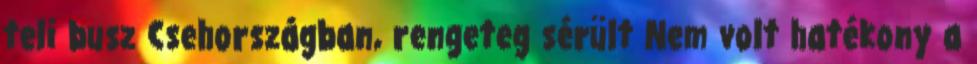
teli busz Csehországban, rengeteg sérült Nem volt hatékony a